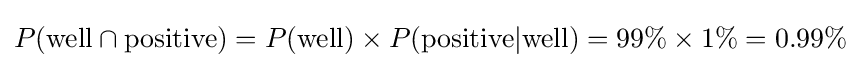
P({\text{well}}\cap {\text{positive}})=P({\text{well}})\times P({\text{positive}}|{\text{well}})=99\%\times 1\%=0.99\%